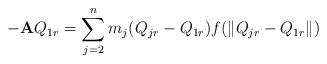
LaTeX: \begin{align*} -\mathbf{A}Q_{1r}=\sum\limits_{j=2}^{n}m_{j}(Q_{jr}-Q_{1r})f(\|Q_{jr}-Q_{1r}\|) \end{align*}